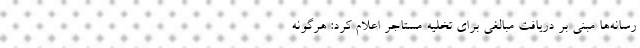
رسانه‌ها مبنی بر دریافت مبالغی برای تخلیه مستاجر اعلام کرد: هرگونه